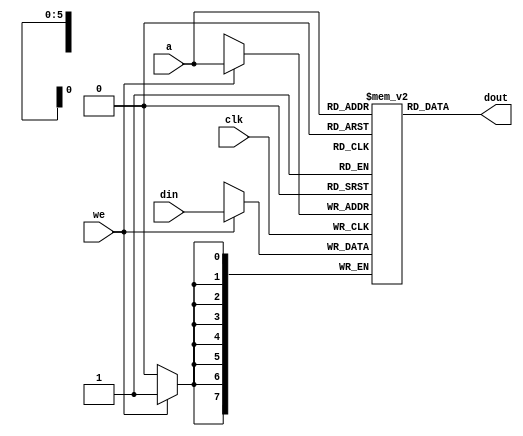
`timescale 1ns / 1ps
//////////////////////////////////////////////////////////////////////////////////
// Company: 
// Engineer: 
// 
// Design Name: 
// Module Name:    ram64bytes 
// Project Name: 
// Target Devices: 
// Tool versions: 
// Description: 
//
// Dependencies: 
//
// Revision: 
// Revision 0.01 - File Created
// Additional Comments: 
//
//////////////////////////////////////////////////////////////////////////////////
module ram64bytes(
    input clk,
    input [5:0] a,
    input [7:0] din,
    output [7:0] dout,
    input we
    );
	 
	 reg [7:0] mem[0:63];
	 assign dout = mem[a];	//non registered address. Ugly, but works :(

	 integer i;
	 initial begin
		for (i=0;i<=63;i=i+1)
			mem[i] = i/8;
	 end
	 
	 always @(posedge clk) begin
		if (we)
			mem[a] <= din;
	 end
endmodule